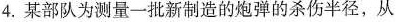
4.某部队为测量一批新制造的炮弹的杀伤半径，从